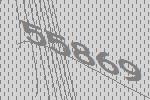
55869